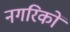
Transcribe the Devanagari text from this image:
नगरिकों